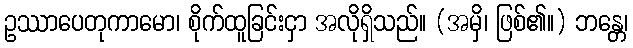
ဥဿာပေတုကာမော၊ စိုက်ထူခြင်းငှာ အလိုရှိသည်။ (အမှိ၊ ဖြစ်၏။) ဘန္တေ၊